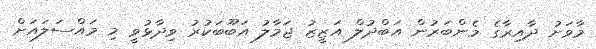
މާވަށު ދާއިރާގެ މެންބަރުން އަބްދުލް އަޒީޒު ޖަމާލު އަބޫބަކުރު ވިދާޅުވީ މި މައްސަލައަށް